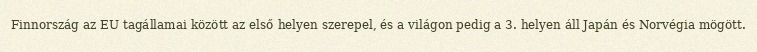
Finnország az EU tagállamai között az első helyen szerepel, és a világon pedig a 3. helyen áll Japán és Norvégia mögött.